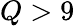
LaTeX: Q>9